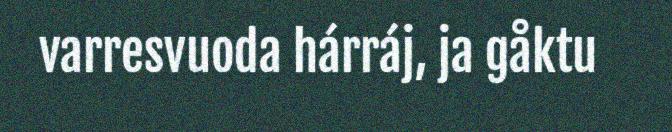
varresvuoda hárráj, ja gåktu